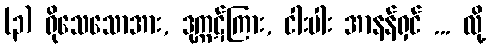
(၃) ရိုသေသောအား, ဒုက္ကဋ်ကြား, ငါးပါး အာနန်ရှင် ... လို့